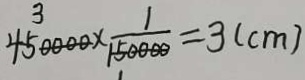
4 5 0 0 0 0 \times \frac { 1 } { 1 5 0 0 0 0 } = 3 ( c m )